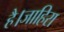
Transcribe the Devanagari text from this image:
है।जाहिरा